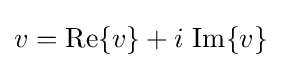
v=\operatorname {Re} \{v\}+i\,\operatorname {Im} \{v\}